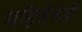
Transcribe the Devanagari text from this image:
महिलेचेही